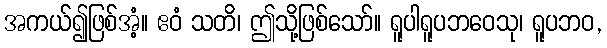
အကယ်၍ဖြစ်အံ့။ ဧဝံ သတိ၊ ဤသို့ဖြစ်သော်။ ရူပါရူပဘဝေသု၊ ရူပဘဝ,